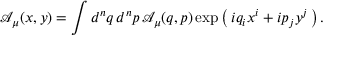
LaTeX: { \mathcal { A } } _ { \mu } ( x , y ) = \int d ^ { n } q \, d ^ { n } p \, { \mathcal { A } } _ { \mu } ( q , p ) \exp \left( \, i q _ { i } x ^ { i } + i p _ { j } y ^ { j } \, \right) .